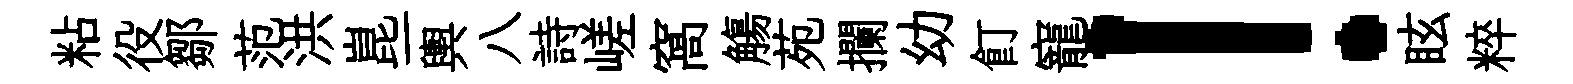
粘役鄒范洪崑一輿八詩嵯窩觴苑攔幼飣寵！眩粹